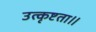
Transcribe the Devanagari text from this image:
उत्कृष्टता॥